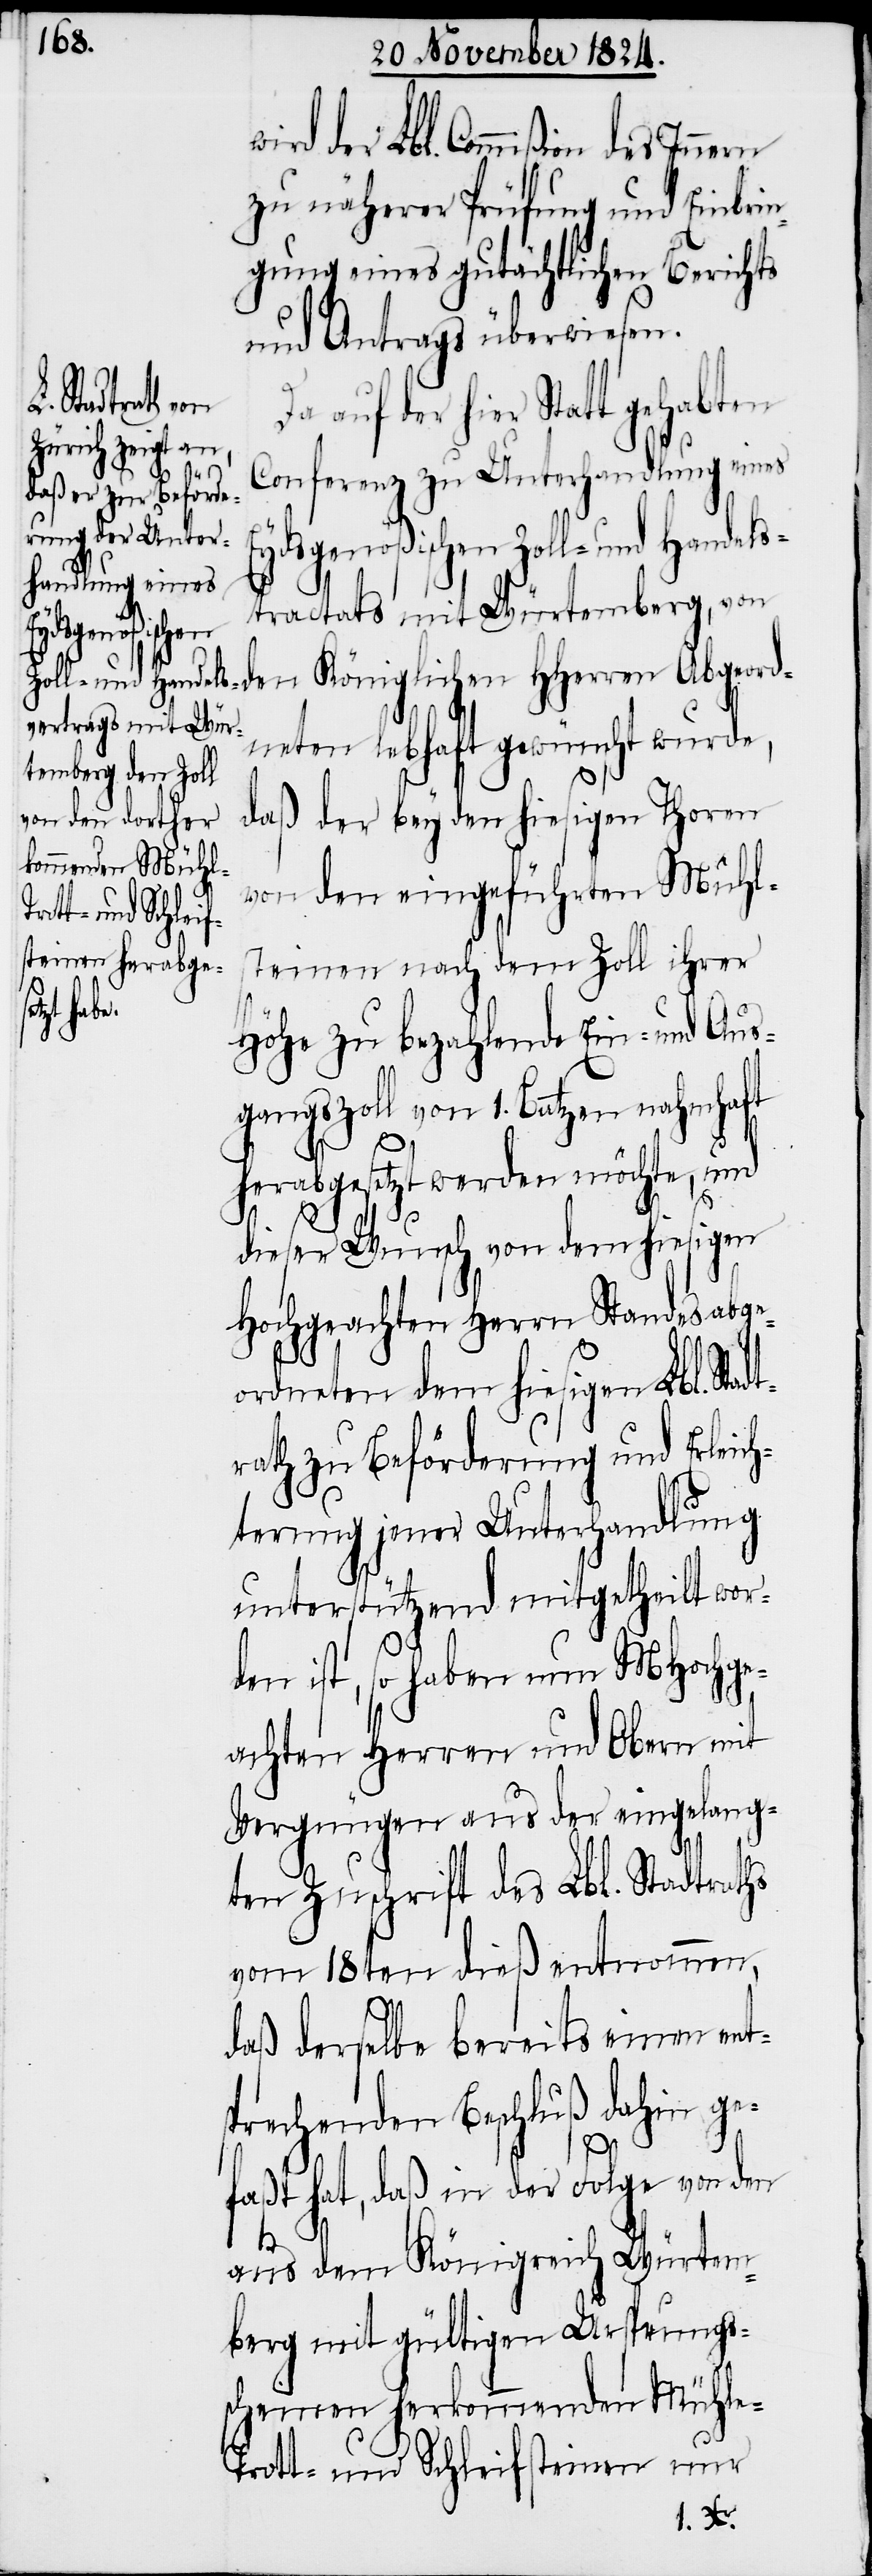
des Innern
Eydsgenößischen
Zoll- und Handels¬
der Lbl.

zu näherer Prüfung und Einbrin¬
gung eines gutächtlichen Berichts
und Antrags überwiesen.
Da auf der hier Statt gehabten
Conferenz zu Unterhandlung eines
tractats mit Würtemberg, von
den Königlichen HHerren Abgeord¬
neten lebhaft gewünscht wurde,
daß der bey den hiesigen Thoren
von den eingeführten Mühl¬
steinen nach dem Zoll ihrer
Höhe zu bezahlende Ein- und Aus¬
gangszoll von 1. Batzen nahmhaft
herabgesetzt werden möchte, und
dieser Wunsch von dem hiesigen
Hochgeachten Herrn Standesabge¬
ordneten dem hiesigen Lbl. St¬
rath zu Beförderung und Erleich¬
terung jener Unterhandlung
unterstützend mitgetheilt wor¬
den ist, so haben nun MHochge¬
achten Herren und Obern mit
Vergnügen aus der eingelang¬
ten Zuschrift des Lbl. Stadtraths
vom 18ten dieß entnommen,
daß derselbe bereits einen ent¬
sprechenden Beschluß dahin ge¬
adt¬
faßt hat, daß in der Folge von den
aus dem Königreich Würtem¬
berg mit gültigen Ursprungs¬
scheinen herkommenden Mühle-
Trott- und Schleifsteinen nur